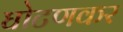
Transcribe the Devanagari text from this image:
घोटणकर